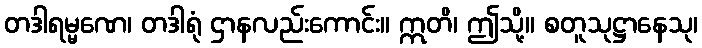
တဒါရမ္မဏေ၊ တဒါရုံ ဌာနလည်းကောင်း။ ဣတိ၊ ဤသို့။ စတူသုဋ္ဌာနေသု၊